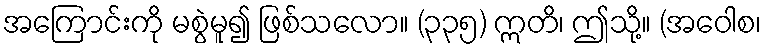
အကြောင်းကို မစွဲမူ၍ ဖြစ်သလော။ (၃၃၅) ဣတိ၊ ဤသို့။ (အဝေါစ၊